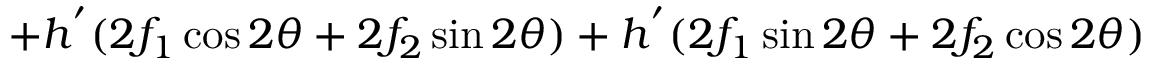
+ h ^ { ' } ( 2 f _ { 1 } \cos 2 \theta + 2 f _ { 2 } \sin 2 \theta ) + h ^ { ' } ( 2 f _ { 1 } \sin 2 \theta + 2 f _ { 2 } \cos 2 \theta )